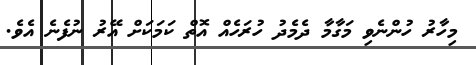
މިހާރު ހުންނެވި މަގާމާ ދެމެދު ހުރަހެއް އޮތް ކަމަކަށް އޭރު ނުފެނެ އެވެ.